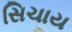
સિચાય